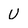
Character: U